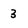
Character: 3